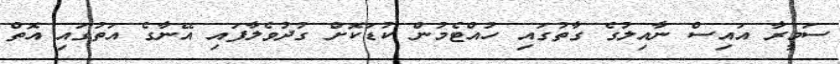
ސަމީރާ އައިސް ނާއިލުގެ ގާތުގައި ހުއްޓެމުން ކުޑަކޮށް ގުދުވެލާފައި އޭނާގެ އަތުގައި އޮތް